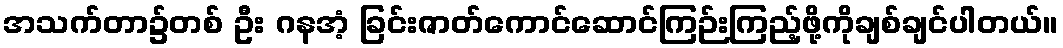
အသက်တာ၌တစ် ဦး ဂန္အံ့ ခြင်းဇာတ်ကောင်ဆောင်ကြဉ်းကြည့်ဖို့ကိုချစ်ချင်ပါတယ်။